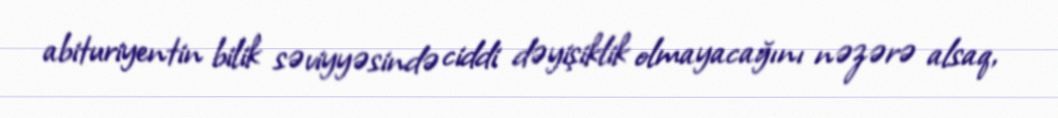
abituriyentin bilik səviyyəsində ciddi dəyişiklik olmayacağını nəzərə alsaq,